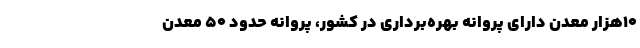
۱۰هزار معدن دارای پروانه بهره‌برداری در کشور، پروانه حدود ۵۰ معدن